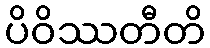
ပိဝိဿတီတိ